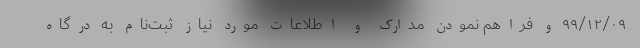
۹۹/۱۲/۰۹ و فراهم نمودن مدارک و اطلاعات مورد نیاز ثبت‌نام به درگاه